Report on plague and inoculation in the Punjab from October 1st ... to September 30th..., being the ... season of plague in the province
Disease focus: Plague
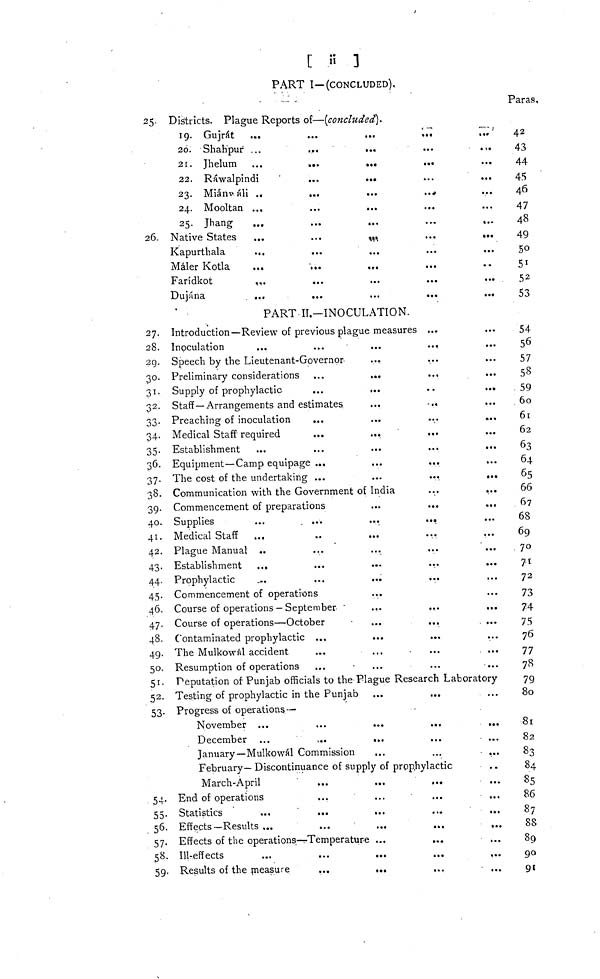
[ ii ]
PART I—(CONCLUDED).
Paras,
25-
26.
27.
28.
29.
30.
31.
32.
33.
34.
35.
36.
37.
38.
39.
40.
41.
42.
43.
44.
45.
46.
47.
48.
49.
50.
51.
52.
53.
54.
55.
56.
57.
58.
59.
Districts. Plague Reports of—(concluded).
19. Gujrát
20. Shahpur
21. Jhelum
...
...
...
22. Rawalpindi ...
23. Miánwáli
24. Mooltan
25. Jhang
Native States
Kapurthala
Máler Kotla
Farídkot
Dujána
..
,,,
...
...
...
...
...
...
...
...
...
...
...
...
...
...
...
...
...
...
...
•
«•
•••
•••
...
...
...
...
...
...
...
««•
...
...
...
...
...
...
...
...
...
...
...
Introduction—Review of previous plague measures ...
Inoculation
•••
...
Speech by the Lieutenant-Governor
Preliminary considerations
Supply of prophylactic
...
...
Staff—Arrangements and estimates
Preaching of inoculation
Medical Staff required
Establishment
...
...
...
Equipment—Camp equipage ...
The cost of the undertaking ...
...
...
...
...
...
...
...
...
...
...
Communication with the Government of India
Commencement of preparations
Supplies
Medical Staff
Plague Manual
Establishment
Prophylactic
...
...
...
...
...
...
..
...
...
...
Commencement of operations
Course of operations —September
Course of operations—October
Contaminated prophylactic
The Mulkowál accident
Resumption of operations
...
......
...
...
...
...
...
• • •
...
...
...
...
..,
...
...
...
...
- .«
...
...
...
...
...
...
...
...
...
...
...
...
...
...
...
...
...
...
...
...
...
...
...
t..
...
..
...
...
...
...
...
...
...
...
...
...
...
...
...
...
...
...
...
...
...
...
...
...
...
...
...
Deputation of Punjab officials to the Plague Research Laboratory
Testing of prophylactic in the Punjab
Progress of oper
November
December
ations.—
...
...
...
...
...
January —Mulkowál Commission
...
...
...
...
...
...
. • •
...
February— Discontinuance of supply of prophylactic
March-April
End of operations
Statistics
...
Effects—Results ...
...
...
...
...
• • •
...
...
...
Effects of the operations—Temperature ...
Ill-effects
...
Results of the measure
...
•
»•
...
• ••
...•
...
...
..
...
...
...
...
...
...
...
...
...
...
...
...
...
...
42
43
44
45
46
47
48
49
50
51
52
53
54
56
57
58
59
60
61
62
63
64
65
66
67
68
69
70
75
72
73
74
75
76
77
78
79
80
81
82
83
84
85
86
87
88
89
90
91